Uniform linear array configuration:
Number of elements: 24
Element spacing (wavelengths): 0.25
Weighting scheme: binomial
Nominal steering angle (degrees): -15
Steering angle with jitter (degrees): -13.134
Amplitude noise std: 0.05
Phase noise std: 0.05

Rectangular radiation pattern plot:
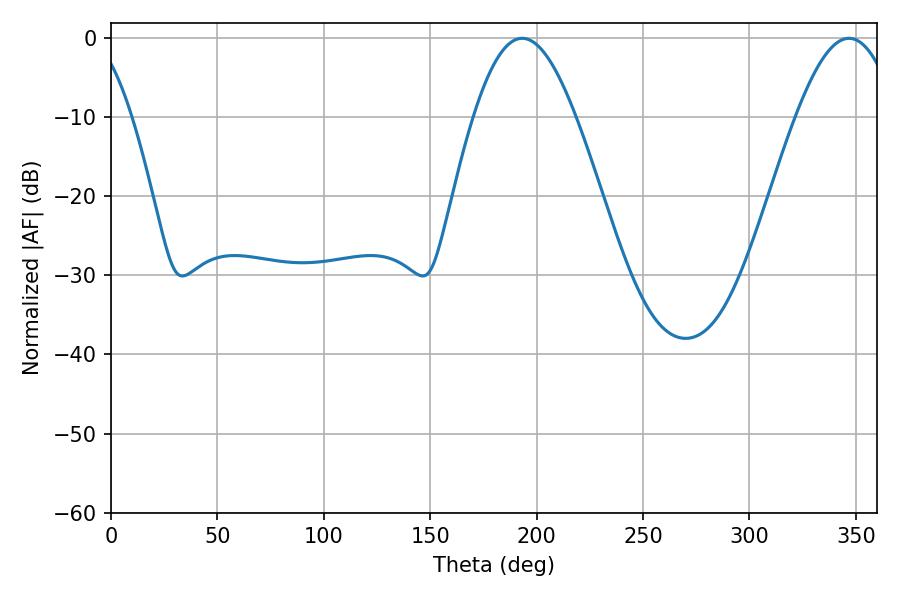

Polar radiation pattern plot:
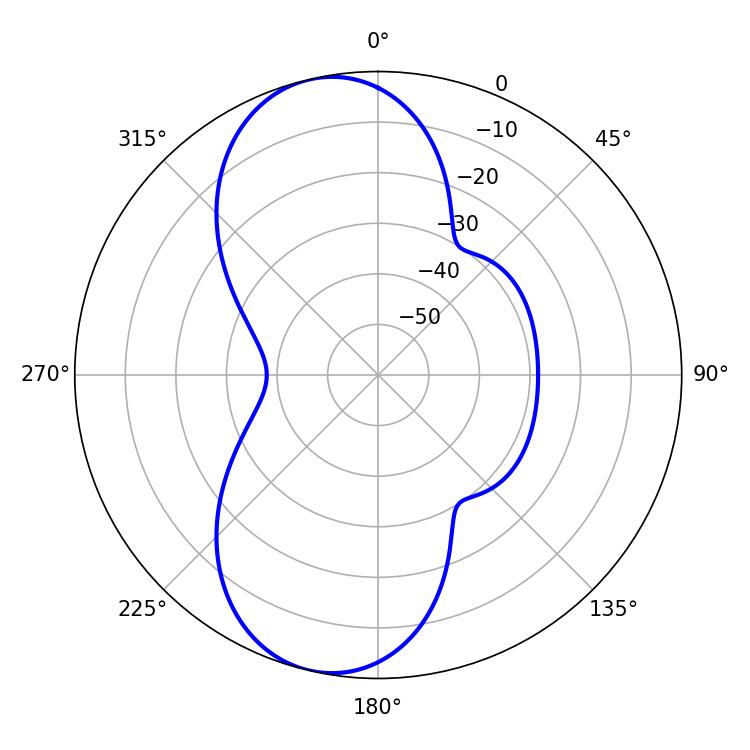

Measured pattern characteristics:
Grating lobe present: FALSE
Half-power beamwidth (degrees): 25.92
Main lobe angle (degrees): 193.14